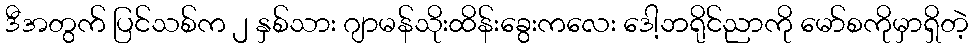
ဒီအတွက် ပြင်သစ်က ၂ နှစ်သား ဂျာမန်သိုးထိန်းခွေးကလေး ဒေါ့ဘရိုင်ညာကို မော်စကိုမှာရှိတဲ့